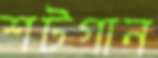
শটগান